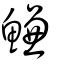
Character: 鰜